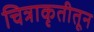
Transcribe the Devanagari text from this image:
चित्राकृतीतून